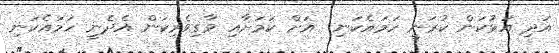
އަދި އަޅުކަން ކުރަނީ ހަމައެކަނި  އަށް ކަމަށާއި ވާގިވެރިކަން އެދެނީ ހަމައެކަނި